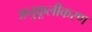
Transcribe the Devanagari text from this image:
अनुकूलीकरण